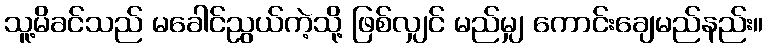
သူ့မိခင်သည် မခေါင်ညွယ်ကဲ့သို့ ဖြစ်လျှင် မည်မျှ ကောင်းချေမည်နည်း။